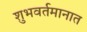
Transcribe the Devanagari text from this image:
शुभवर्तमानात